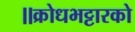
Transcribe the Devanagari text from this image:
॥क्रोधभट्टारको